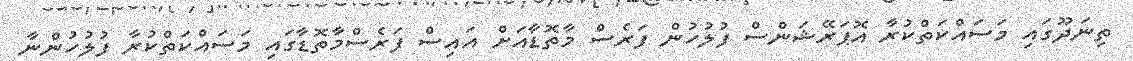
ތިނަދޫގައި މަސައްކަތްކުރާ އޮޕަރޭޝަންސް ފުލުހުން ފަރެސް މާތޮޑާއަށް އައިސް ފަރެސްމާތޮޑާގައި މަސައްކަތްކުރާ ފުލުހުންނާ